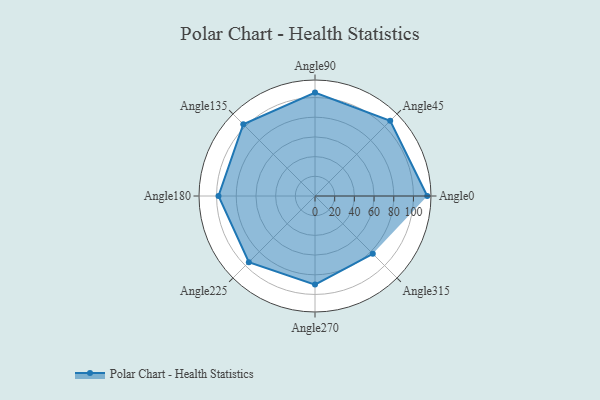
{"axis": {"x": "Angle", "y": "Radius"}, "legend": [""], "data": [{"x": "Angle0", "y": 114.0, "type": ""}, {"x": "Angle45", "y": 108.0, "type": ""}, {"x": "Angle90", "y": 105.0, "type": ""}, {"x": "Angle135", "y": 103.0, "type": ""}, {"x": "Angle180", "y": 98.0, "type": ""}, {"x": "Angle225", "y": 95.0, "type": ""}, {"x": "Angle270", "y": 90.0, "type": ""}, {"x": "Angle315", "y": 83.0, "type": ""}]}